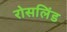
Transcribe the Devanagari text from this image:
रोसलिंड